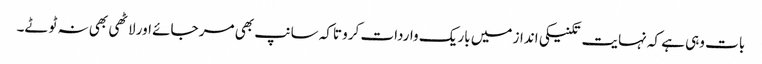
بات وہی ہے کہ نہایت تکنیکی انداز میں باریک واردات کرو تاکہ سانپ بھی مر جائے اور لاٹھی بھی نہ ٹوٹے۔